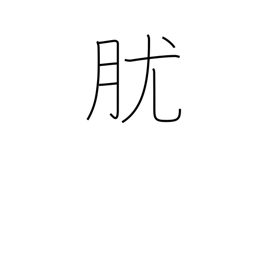
Meaning: papule